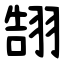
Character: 䎋